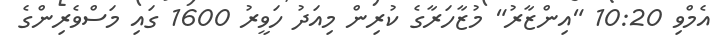
އެމްވި 10:20 "އިންޒާރު" މުޒާހަރާގެ ކުރިން މިއަދު ހަވީރު 1600 ގައި މަސްވެރިންގެ